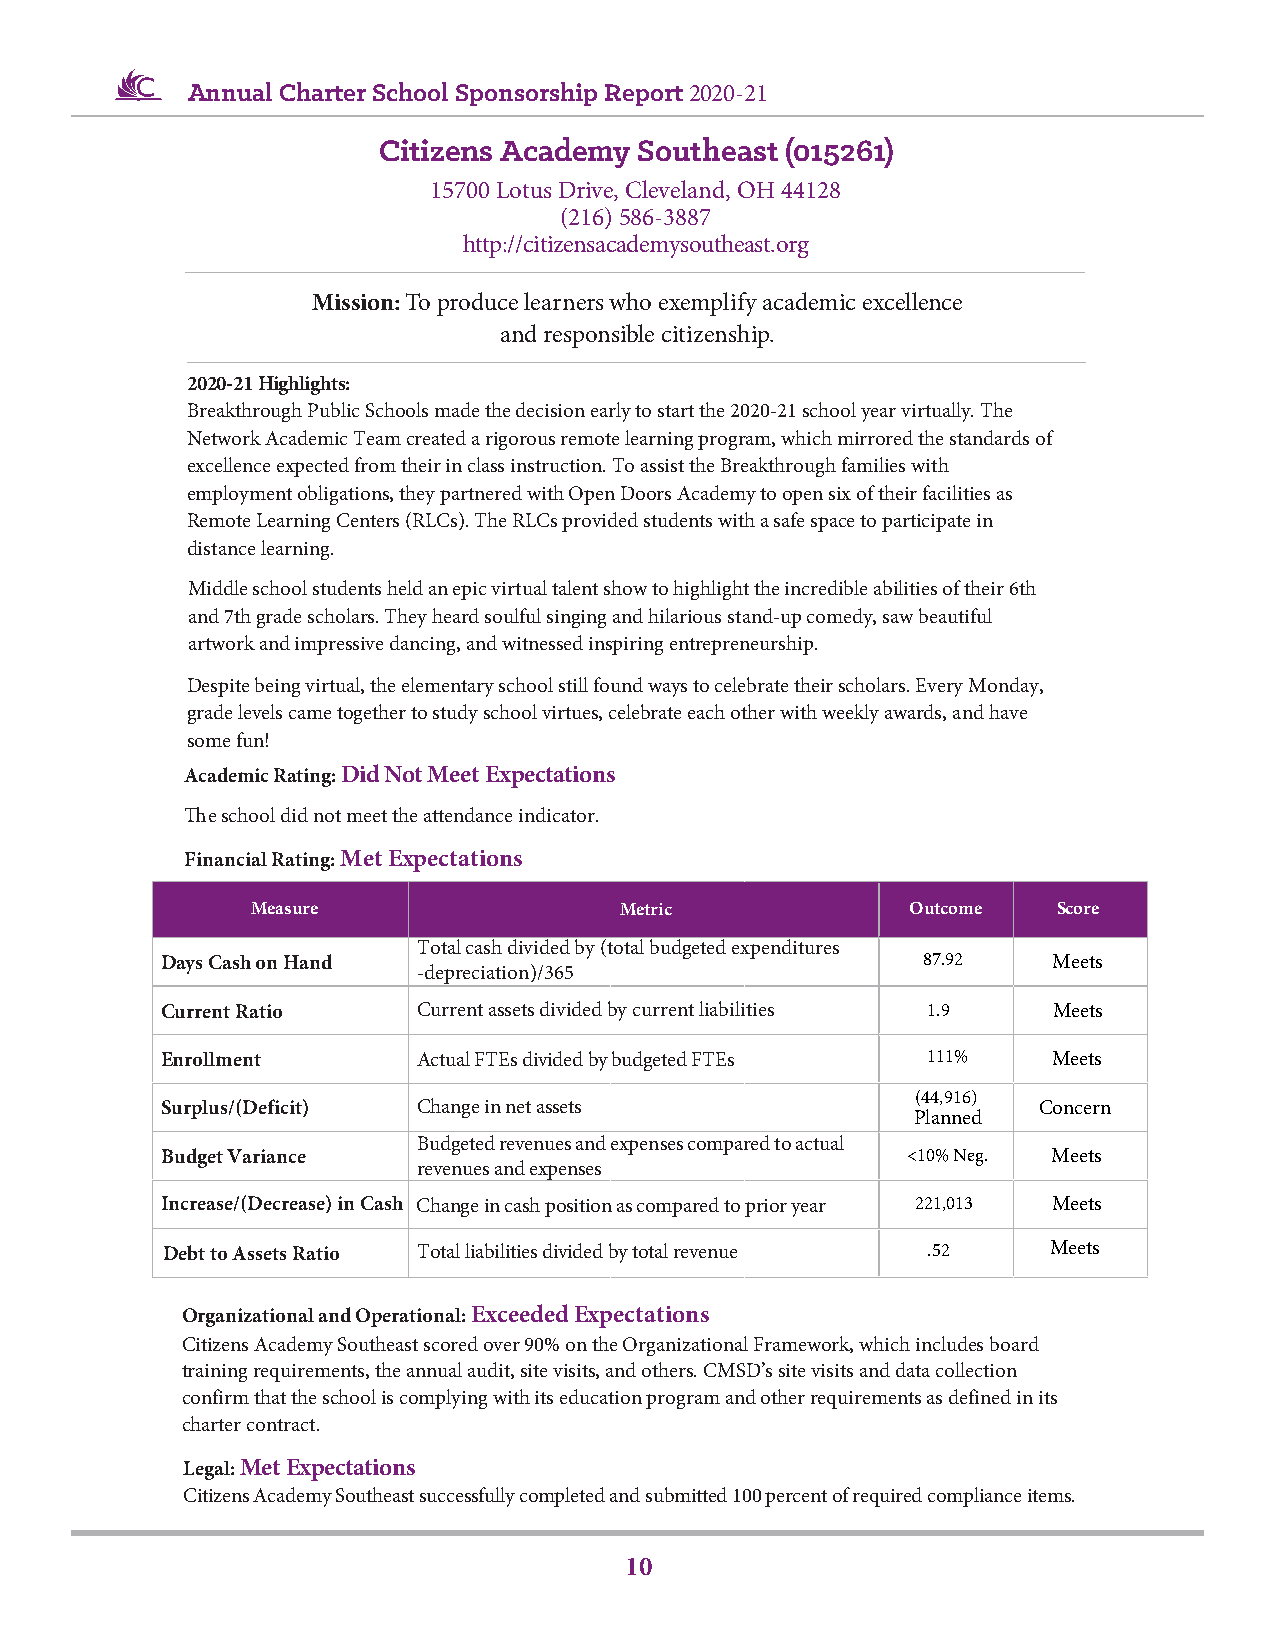
Annual Charter School Sponsorship Report 2020-21
 Citizens Academy Southeast (015261)
 15700 Lotus Drive, Cleveland, OH 44128
 (216) 586-3887
 http://citizensacademysoutheast.org
 Mission: To produce learners who exemplify academic excellence
 and responsible citizenship.
 2020-21 Highlights:
 Breakthrough Public Schools made the decision early to start the 2020-21 school year virtually. The
 Network Academic Team created a rigorous remote learning program, which mirrored the standards of
 excellence expected from their in class instruction. To assist the Breakthrough families with
 employment obligations, they partnered with Open Doors Academy to open six of their facilities as
 Remote Learning Centers (RLCs). The RLCs provided students with a safe space to participate in
 distance learning.
 Middle school students held an epic virtual talent show to highlight the incredible abilities of their 6th
 and 7th grade scholars. They heard soulful singing and hilarious stand-up comedy, saw beautiful
 artwork and impressive dancing, and witnessed inspiring entrepreneurship.
 Despite being virtual, the elementary school still found ways to celebrate their scholars. Every Monday,
 grade levels came together to study school virtues, celebrate each other with weekly awards, and have
 some fun!
 Academic Rating: Did Not Meet Expectations
 The school did not meet the attendance indicator.
 Financial Rating: Met Expectations
 Measure                 Metric             Outcome   Score
 Total cash divided by (total budgeted expenditures
 Days Cash on Hand                                 87.92    Meets
 -depreciation)/365
 Current Ratio    Current assets divided by current liabilities 1.9 Meets
 Enrollment       Actual FTEs divided by budgeted FTEs 111% Meets
 (44,916)
 Surplus/(Deficit) Change in net assets                    Concern
 Planned
 Budgeted revenues and expenses compared to actual
 Budget Variance                                  <10% Neg. Meets
 revenues and expenses
 Increase/(Decrease) in Cash Change in cash position as compared to prior year 221,013 Meets
 Debt to Assets Ratio Total liabilities divided by total revenue .52 Meets
 Organizational and Operational: Exceeded Expectations
 Citizens Academy Southeast scored over 90% on the Organizational Framework, which includes board
 training requirements, the annual audit, site visits, and others. CMSD’s site visits and data collection
 confirm that the school is complying with its education program and other requirements as defined in its
 charter contract.
 Legal: Met Expectations
 Citizens Academy Southeast successfully completed and submitted 100 percent of required compliance items.
 10